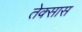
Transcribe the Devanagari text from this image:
तेक्सास